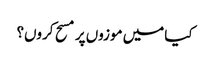
کیا میں موزوں پر مسح کروں؟